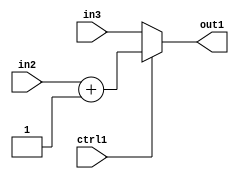
`timescale 1ps / 1ps
/*****************************************************************************
    Verilog RTL Description
    
    
    Created by: Stratus DpOpt 2019.1.01 
*******************************************************************************/

module in_buff_MuxAdd2i1u3u3u1_4_1 (
	in3,
	in2,
	ctrl1,
	out1
	); /* architecture "behavioural" */ 
input [2:0] in3,
	in2;
input  ctrl1;
output [2:0] out1;
wire [2:0] asc001,
	asc002;

assign asc002 = 
	+(in2)
	+(3'B001);

reg [2:0] asc001_tmp_0;
assign asc001 = asc001_tmp_0;
always @ (ctrl1 or asc002 or in3) begin
	case (ctrl1)
		1'B1 : asc001_tmp_0 = asc002 ;
		default : asc001_tmp_0 = in3 ;
	endcase
end

assign out1 = asc001;
endmodule

/* CADENCE  v7D4Sg8= : u9/ySgnWtBlWxVPRXgAZ4Og= ** DO NOT EDIT THIS LINE ******/